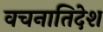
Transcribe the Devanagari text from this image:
वचनातिदेश